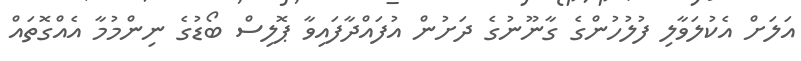
އަލަށް އެކުލަވާލި ފުލުހުންގެ ގާނޫނުގެ ދަށުން އުފައްދާފައިވާ ޕޮލިސް ބޯޑުގެ ނިންމުމާ އެއްގޮތައް